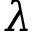
\lambda